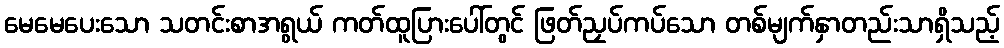
မေမေပေးသော သတင်းစာအရွယ် ကတ်ထူပြားပေါ်တွင် ဖြတ်ညှပ်ကပ်သော တစ်မျက်နှာတည်းသာရှိသည့်